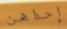
إحداهن